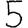
Digit: 5